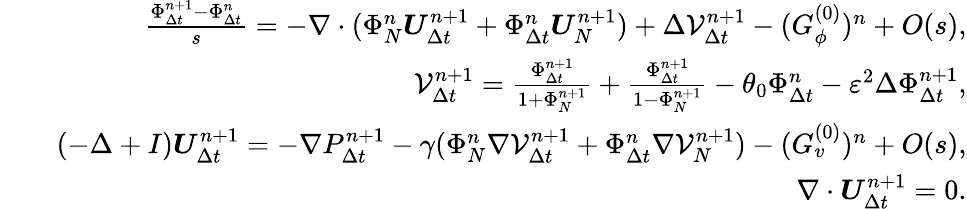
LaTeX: \begin{array}{rlr}&{}&{\frac{\Phi_{\Delta t}^{n+1}-\Phi_{\Delta t}^{n}}{s}=-\nabla\cdot(\Phi_{N}^{n}\boldsymbol{U}_{\Delta t}^{n+1}+\Phi_{\Delta t}^{n}\boldsymbol{U}_{N}^{n+1})+\Delta\mathcal{V}_{\Delta t}^{n+1}-(G_{\phi}^{(0)})^{n}+O(s),}\\ &{}&{\mathcal{V}_{\Delta t}^{n+1}=\frac{\Phi_{\Delta t}^{n+1}}{1+\Phi_{N}^{n+1}}+\frac{\Phi_{\Delta t}^{n+1}}{1-\Phi_{N}^{n+1}}-\theta_{0}\Phi_{\Delta t}^{n}-\varepsilon^{2}\Delta\Phi_{\Delta t}^{n+1},}\\ &{}&{(-\Delta+I)\boldsymbol{U}_{\Delta t}^{n+1}=-\nabla P_{\Delta t}^{n+1}-\gamma(\Phi_{N}^{n}\nabla\mathcal{V}_{\Delta t}^{n+1}+\Phi_{\Delta t}^{n}\nabla\mathcal{V}_{N}^{n+1})-(G_{v}^{(0)})^{n}+O(s),}\\ &{}&{\nabla\cdot\boldsymbol{U}_{\Delta t}^{n+1}=0.}\end{array}